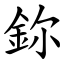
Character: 鉨